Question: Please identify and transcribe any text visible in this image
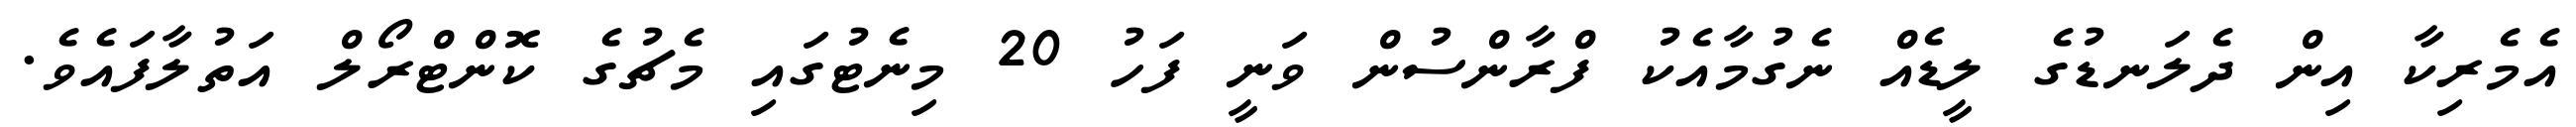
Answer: އެމެރިކާ އިން ދެލަނޑުގެ ލީޑެއް ނެގުމާއެކު ފްރާންސުން ވަނީ ފަހު 20 މިނެޓުގައި މެޗުގެ ކޮންޓްރޯލް އަތުލާފައެވެ.